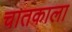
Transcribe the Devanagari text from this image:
चातकाला